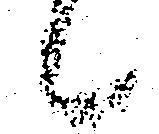
々